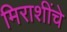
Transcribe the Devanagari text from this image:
मिराशींचे